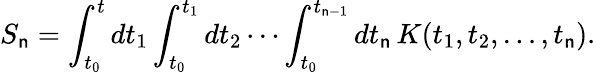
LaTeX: S_{\mathsf{n}}=\int_{t_{0}}^{t}dt_{1}\int_{t_{0}}^{t_{1}}dt_{2}\cdots\int_{t_{0}}^{t_{\mathsf{n}-1}}dt_{\mathsf{n}}\, K(t_{1},t_{2},\dots,t_{\mathsf{n}}).